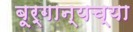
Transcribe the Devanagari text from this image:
बूर्गान्यच्या